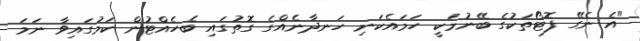
"އެ ނެގޭ ފޮޓޯތަކުގެ ބޭނުމަކީ ހަމައެކަނި ހަނދާނެއްގެ ގޮތުގައި ބެހެއްޓުން ކަމުގައިވާ ނަމަ